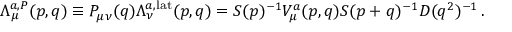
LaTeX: \Lambda _ { \mu } ^ { a , P } ( p , q ) \equiv P _ { \mu \nu } ( q ) \Lambda _ { \nu } ^ { a , \mathrm { l a t } } ( p , q ) = S ( p ) ^ { - 1 } V _ { \mu } ^ { a } ( p , q ) S ( p + q ) ^ { - 1 } D ( q ^ { 2 } ) ^ { - 1 } \, .